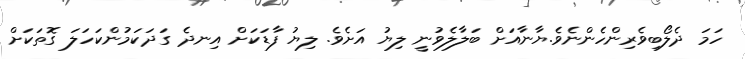
ހަމަ ދެލޯބިވެރިންހެންނެވެ.ޔާނާއަށް ބަލާލެވުނީ ލިޔު އަށެވެ. ލިޔު ފާޑަކަށް އިނދެ ގަދަކަމުންކަހަލަ ގޮތަކަށް